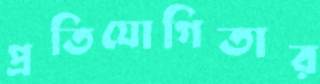
প্রতিযোগিতার